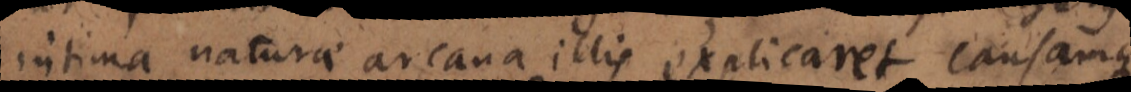
intima naturae arcana illis explicaret causamqu